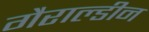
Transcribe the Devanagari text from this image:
गैराल्डीन